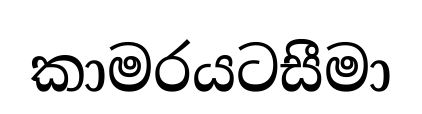
කාමරයටසීමා